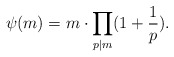
\begin{align*} \psi(m)=m\cdot\prod_{p|m}(1+\frac{1}{p}). \end{align*}